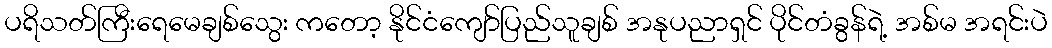
ပရိသတ်ကြီးရေမေချစ်သွေး ကတော့ နိုင်ငံကျော်ပြည်သူချစ် အနုပညာရှင် ပိုင်တံခွန်ရဲ့ အစ်မ အရင်းပဲ